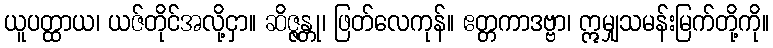
ယူပတ္ထာယ၊ ယဇ်တိုင်အလို့ငှာ။ ဆိဇ္ဇန္တု၊ ဖြတ်လေကုန်။ ဧတ္တကာဒဗ္ဗာ၊ ဣမျှသမန်းမြက်တို့ကို။